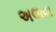
અલાવા